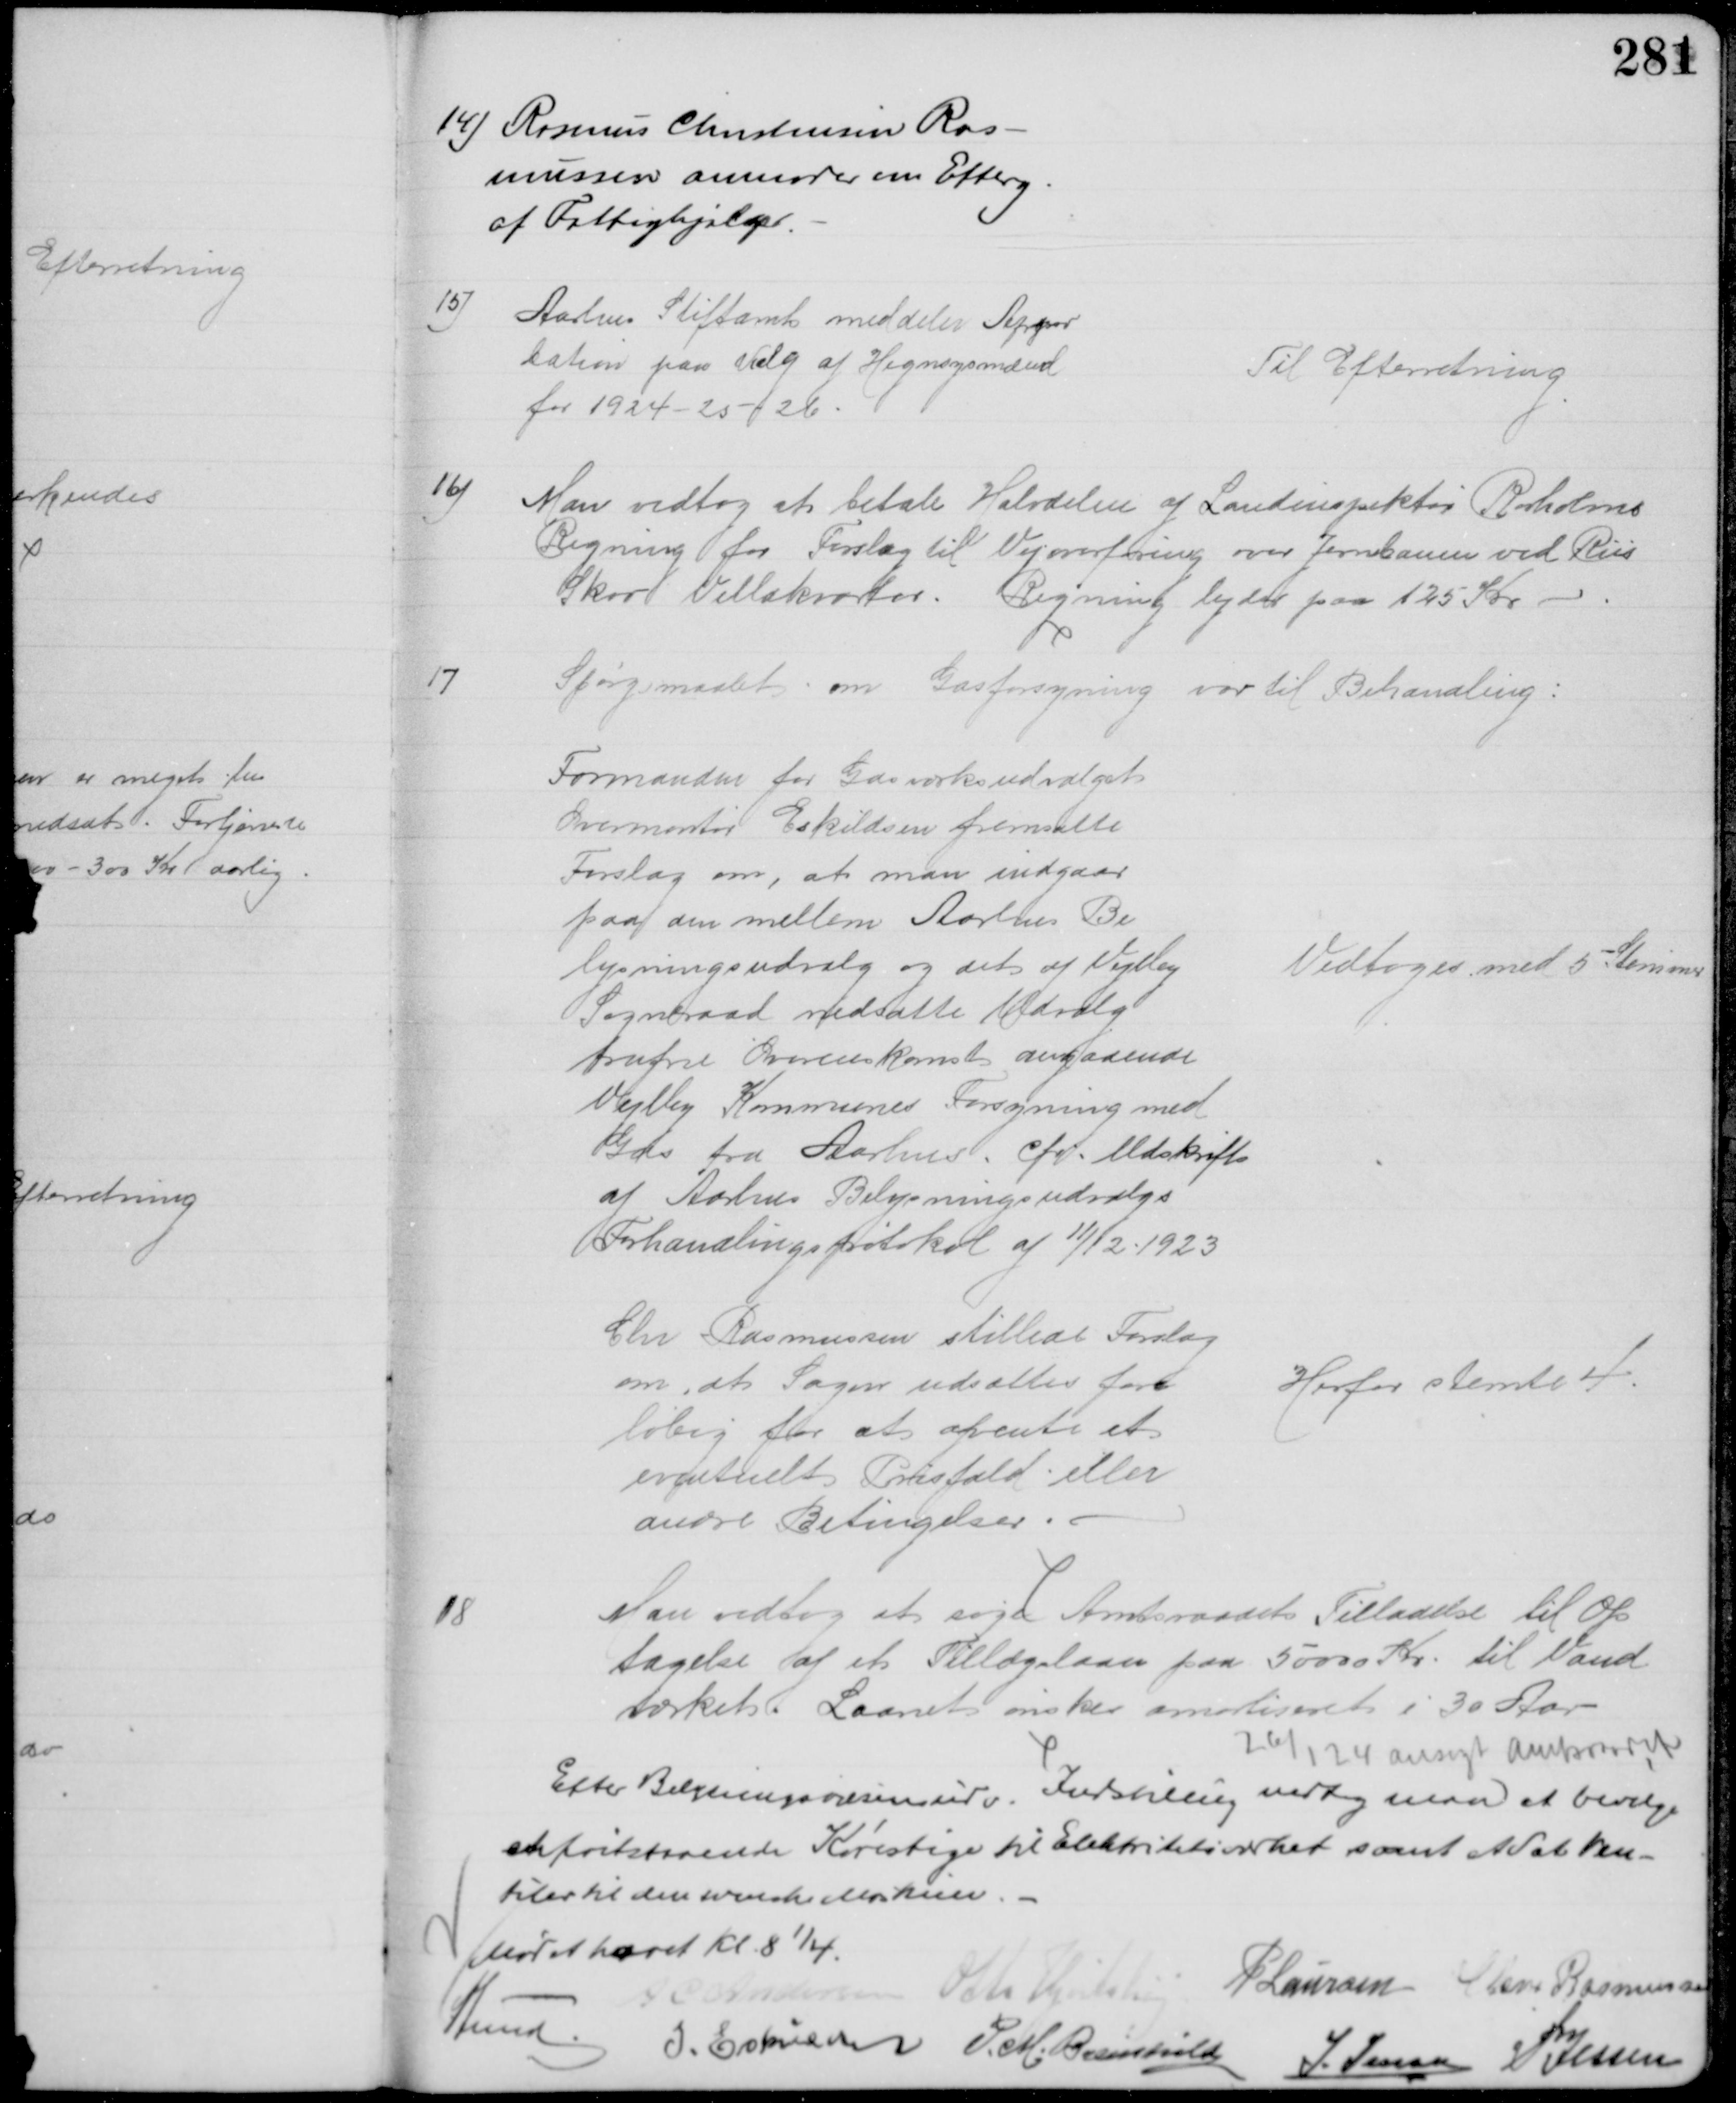
Transskription:
14) Rasmus Christensen Ras-
mussen anmoder om Efterg.
af Fattighjælp.
15)
Aarhus Stiftamt meddeler Appro
bation paa Valg af Hegnsynsmænd
for 1924-25-26.
Til Efterretning
16)
Man vedtog at betale Halvdelen af Landinspektør Rørholms
Regning for Forslag til Vejoverføring over Jernbanen ved Riis
Skov Villakvarter. Regning lyder paa 125 Kr
17
Spørgsmaalet om Gasforsyning var til Behandling:
Formanden for Gasværksudvalget
Overmontør Eskildsen fremsatte
Forslag om, at man indgaar
paa den mellem Aarhus Be
lysningsudvalg og det af Vejlby
Sogneraad nedsatte Udvalg
trufne Overenskomst angaaende
Vejlby Kommunes Forsyning med
Gas fra Aarhus. cfr. Udskrift
af Aarhus Belysningsudvalgs
Forhandlingsprotokol af 11/12 - 1923
Vedtoges med 5 Stemmer
Chr Rasmussen stillede Forslag
om, at Sagen udsættes fore
løbig for at afvente et
eventuelt Prisfald eller
andre Betingelser
Herfor stemte 4.
18
Man vedtog at søge Amtsraadets Tilladelse til Op
tagelse af et Tillægslaan paa 50000 Kr. til Vand
værket. Laanet ønskes amortiseret i 30 Aar
26/1 24 ansøgt Amtsraadet
Efter Belysningsvæsensudv. Indstillig vedtog man at bevilge
en fritstaaende Kørestige til Elektritetsværket samt et Sæt Ven-
tiler til den svenske Maskine.
Mødet hævet Kl 8¼.
A C Andersen Otto Hjortshøj
P Laursen Chr Rasmussen
A Lund
I. Eskildsen P. M. Breinhild
J. Jensen P Jessen